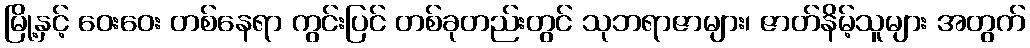
မြို့နှင့် ဝေးဝေး တစ်နေရာ ကွင်းပြင် တစ်ခုတည်းတွင် သုဘရာဇာများ၊ ဇာတ်နိမ့်သူများ အတွက်